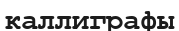
каллиграфы